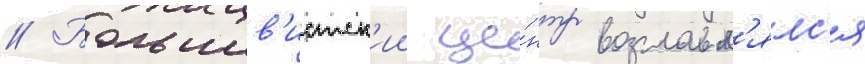
// Большев'истск'ии це́нтр возглавл'ялс'я